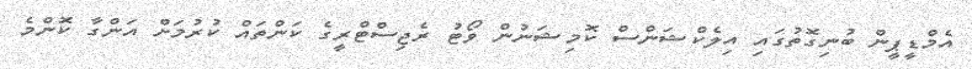
އެމްޑީޕީން ބުނިގޮތުގައި އިލެކްޝަންސް ކޮމިޝަނުން ވޯޓު ރެޖިސްޓްރީގެ ކަންތައް ކުރުމަށް އަންގާ ކޮންމެ